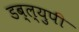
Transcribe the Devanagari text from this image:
डब्ल्युपी